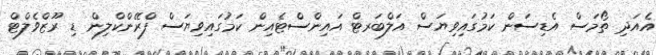
އެއަދި ތޯމަސް އެޑިސަން ކަމުގައިވިޔަސް އަލްބަރޓް އައިންސްޓެއިން ކަމުގައިވިޔަސް ފްރޭންކްލިން ޑި ރޫޒްވެލްޓް